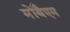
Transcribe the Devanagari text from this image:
मोंबैएम